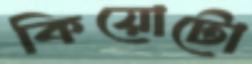
কিয়োটো